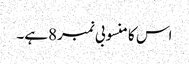
اس کا منسوبی نمبر8ہے۔